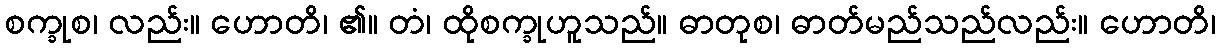
စက္ခုစ၊ လည်း။ ဟောတိ၊ ၏။ တံ၊ ထိုစက္ခုဟူသည်။ ဓာတုစ၊ ဓာတ်မည်သည်လည်း။ ဟောတိ၊